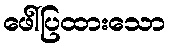
ဖေါ်ပြထားသော